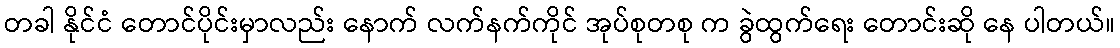
တခါ နိုင်ငံ တောင်ပိုင်းမှာလည်း နောက် လက်နက်ကိုင် အုပ်စုတစု က ခွဲထွက်ရေး တောင်းဆို နေ ပါတယ်။